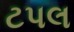
ટપલ